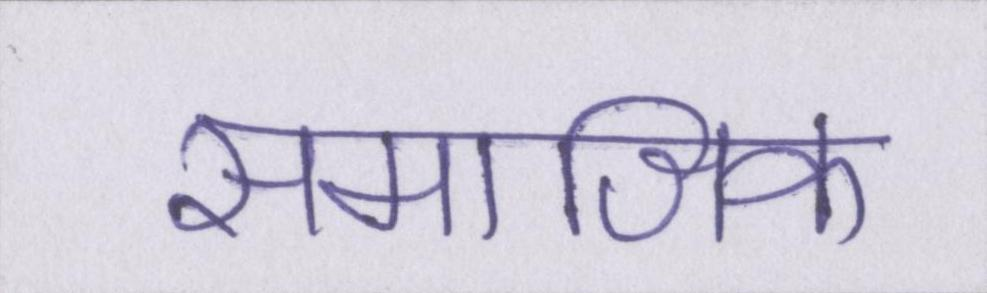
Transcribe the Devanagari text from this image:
समाजिक